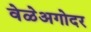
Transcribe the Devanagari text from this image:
वेळेअगोदर